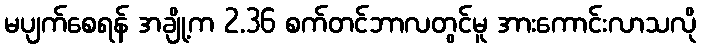
မပျက်စေရန် အချို့က 2.36 စက်တင်ဘာလတွင်မူ အားကောင်းလာသလို